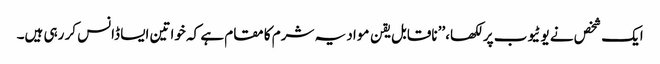
ایک شخص نے یوٹیوب پر لکھا،’’ ناقابل یقن مواد یہ شرم کا مقام ہے کہ خواتین ایسا ڈانس کر رہی ہیں۔